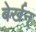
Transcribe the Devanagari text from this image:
बेर्खन्